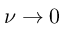
\nu \to 0